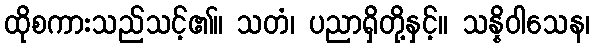
ထိုစကားသည်သင့်၏။ သတံ၊ ပညာရှိတို့နှင့်။ သန္နိဝါသေန၊